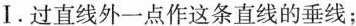
Ⅰ.过直线外一点作这条直线的垂线；